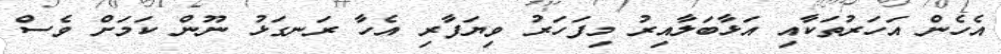
އެހެން އަހަރުތަކާއި އަޅާބަލާއިރު މިފަހަރު ވިޔަފާރި އެހާ ރަނގަޅު ނޫން ކަމަށް ވެސް